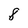
Character: 8